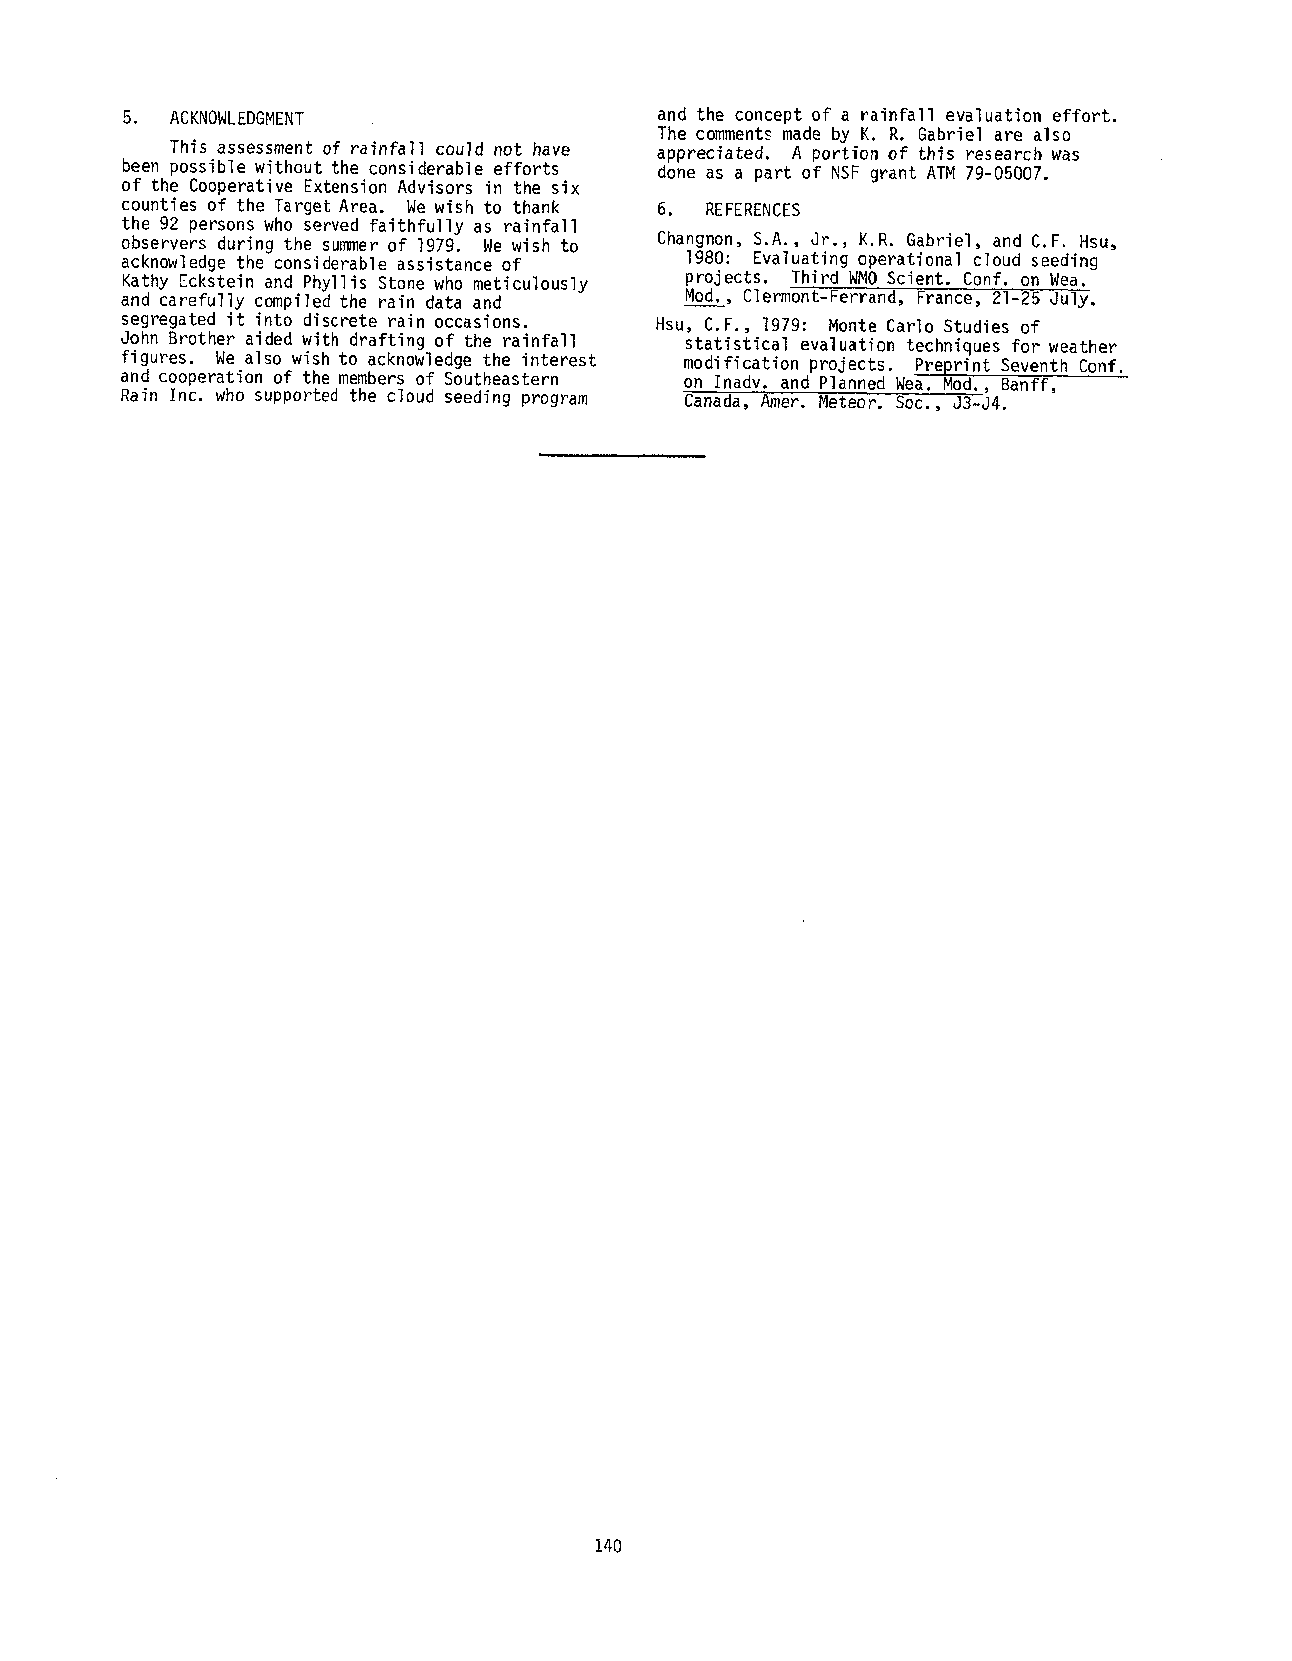
5. ACKNOWLEDGMENT                   and the concept of a rainfall evaluation effort.
 The commentsm ade by K. R. Gabriel are also
 This assessment of rainfall could not have appreciated. A portion of this research was
 been possible without the considerable efforts
 done as a part of NSF grant ATM7 9-05007.
 of the Cooperative Extension Advisors in the six
 counties of the Target Area. We wish to thank 6. REFERENCES
 the 92 persons who served faithfully as rainfall
 observers during the summero f 1979. We wish to Changnon, S.A., Jr., K.R. Gabriel, and C.F. Hsu,
 ]980: Evaluatingo perationalc loud seeding
 acknowledge the considerable assistance of
 Kathy Eckstein and Phyllis Stone who meticulously projects.T hird WNO Scient. Conf. on Wea.
 and carefullyc ompiledt he rain data and Mod., Clermont-FerrandF,r ance,2 1-25 July.
 segregatedi t into discreter ain occasions. Hsu, C.F., 1979: Monte Carlo Studieso f
 John Brothera ided with draftingo f the rainfall statisticale valuationt echniquesf or weather
 figures.W e also wish to acknowledget he interest
 modificationp rojects.P reprintS eventhC onf.
 and cooperationo f the memberso f Southeastern
 on Inadv.a nd PlannedW ea. Mod., Banff,
 Rain Inc. who supportedt he cloud seedingp rogram Canada,A mer. Meteor.S oc., J3-J4.
 140